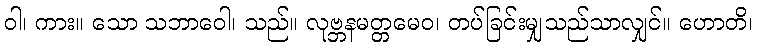
ဝါ၊ ကား။ သော သဘာဝေါ၊ သည်။ လုဗ္ဘနမတ္တမေဝ၊ တပ်ခြင်းမျှသည်သာလျှင်။ ဟောတိ၊